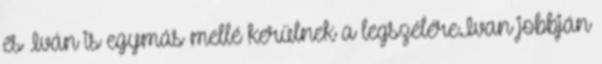
és Iván is egymás mellé kerülnek a legszélére.Ivan jobbján